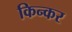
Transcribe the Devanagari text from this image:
किन्कर